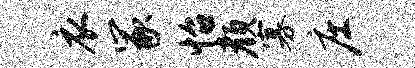
衣冢怡颜寡庄